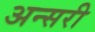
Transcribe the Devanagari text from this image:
अन्सरी